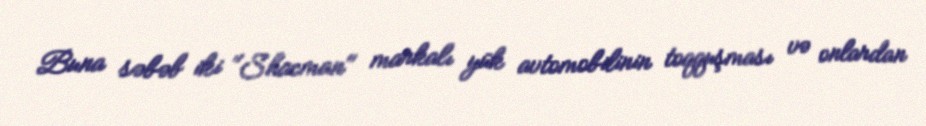
Buna səbəb iki "Shacman" markalı yük avtomobilinin toqquşması və onlardan